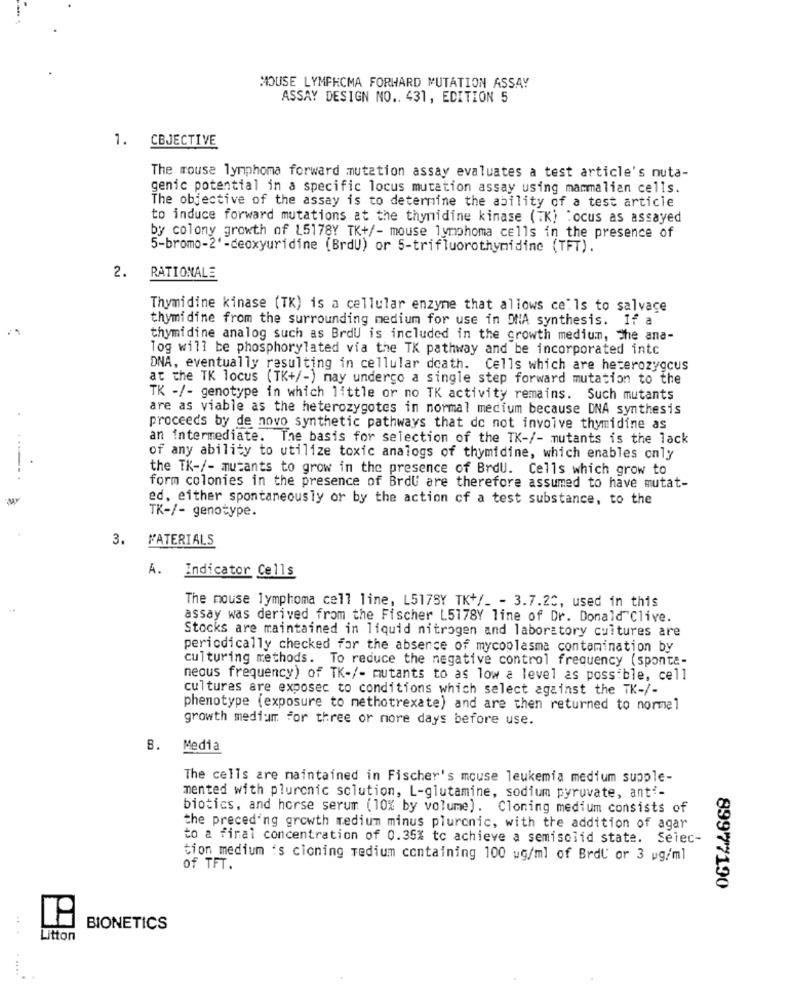
MOUSE LYMPHOMA FORWARD MUTATION ASSAY
ASSAY DESIGN NO .. 431, EDITION 5
1. CBJECTIVE
The mouse lymphoma forward mutation assay evaluates a test article's nuta-
genic potential in a specific locus mutation assay using mammalian cells.
The objective of the assay is to determine the ability of a test article
to induce forward mutations at the thynidine kinase (7K) :ocus as assayed
by colony growth of L5178Y TK+/- mouse lymphoma cells in the presence of
5-bromo-2'-deoxyuridine (BrdU) or 5-trifluorothymidine (TFT).
2.
RATIONALE
Thymidine kinase (TK) is a cellular enzyme that allows ce'ls to salvace
thymidine from the surrounding medium for use in DNA synthesis. If a
thymidine analog such as BrdU is included in the growth mediumm, The ana-
Tog will be phosphorylated via the TK pathway and be incorporated intc
DNA, eventually resulting in cellular death. Cells which are heterozygous
at the TK locus (TK+/-) may undergo a single step forward mutation to the
TK -/- genotype in which little or no TK activity remains. Such mutants
are as viable as the heterozygotes in normal medium because DNA synthesis
proceeds by de novo synthetic pathways that do not involve thymidine as
an intermediate. The basis for selection of the TK-/- mutants is the lack
of any ability to utilize toxic analogs of thymidine, which enables only
the TK-/- mutants to grow in the presence of BrdU. Cells which grow to
form colonies in the presence of BrdU are therefore assumed to have mutat-
ed. either spontaneously or by the action of a test substance, to the
TK-/- genotype.
3. MATERIALS
A.
Indicator Cells
The mouse lymphoma cell line, L517SY TK+/_ - 3.7.20, used in this
assay was derived from the Fischer L5178Y line of Dr. Donald Clive.
Stocks are maintained in liquid nitrogen and laboratory cultures are
periodically checked for the absence of mycoplasma contamination by
culturing methods. To reduce the negative control frequency (sponta-
neous frequency) of TK-/- mutants to as low a level as possible, cell
cultures are exposed to conditions which select against the TK-/-
phenotype (exposure to methotrexate) and are then returned to normal
growth medium for three or nore days before use.
B.
Media
The cells are maintained in Fischer's mouse leukemia medium supple-
mented with pluronic solution, L-glutamine, sodium pyruvate, anti-
biotics, and horse serum (10% by volume). Cloning medium consists of
the preceding growth medium minus plurcnic, with the addition of agar
to a final concentration of 0.35% to achieve a semisolid state. Seiec-
tion medium 's cioning Tedium containing 100 ug/ml of Brdl' or 3 wg/ml
of TFT.
89977190
BIONETICS
Litton